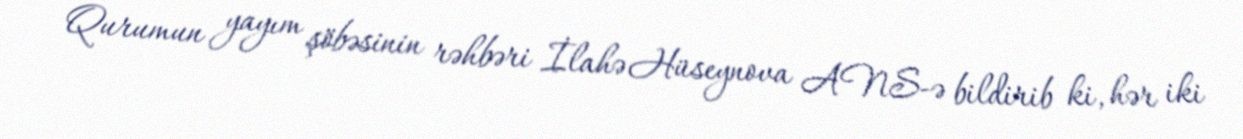
Qurumun yayım şöbəsinin rəhbəri İlahə Hüseynova ANS-ə bildirib ki, hər iki